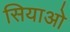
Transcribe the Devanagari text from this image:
सियाओ